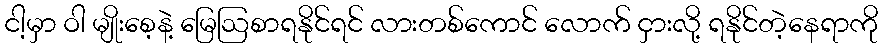
ငါ့မှာ ဝါ မျိုးစေ့နဲ့ မြေဩစာရနိုင်ရင် လားတစ်ကောင် လောက် ငှားလို့ ရနိုင်တဲ့နေရာကို